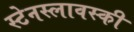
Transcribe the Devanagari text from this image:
स्टेनस्लावस्की